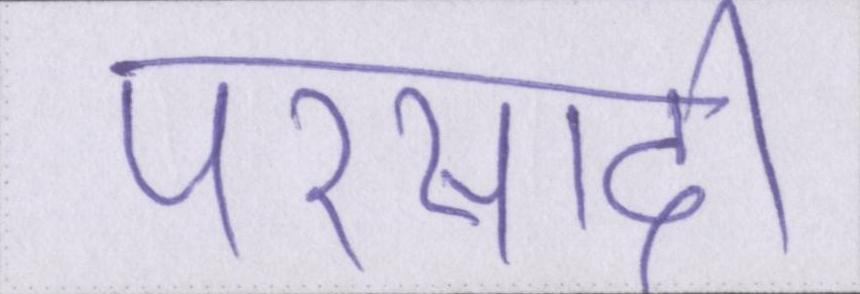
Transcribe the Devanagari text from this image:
परसादी